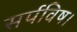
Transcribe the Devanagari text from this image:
सर्पविष।